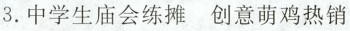
3.中学生庙会练摊创意萌鸡热销